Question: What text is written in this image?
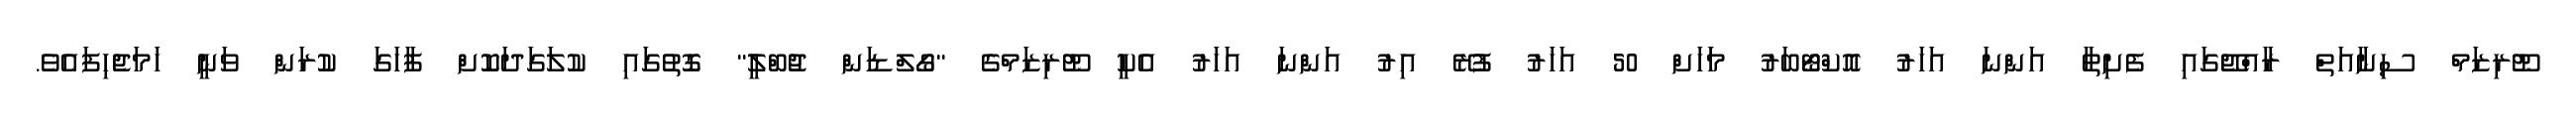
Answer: ޓޫރިޒަމް ސިނާއަތް ރާއްޖޭގައި ފެށިތާ އަންނަ އަހަރު އޮކްޓޯބަރު މަަހަށް 50 އަހަރު ފުރޭ އިރު އަންނަ އަހަރު އެކީ ޓޫރިޒަމްގެ "ގޯލްޑަން ޖުބްލީ" ގޮތުގައި ކުލަގަދަކޮށް ފާހަގަ ކުރަން ވަނީ ހަމަޖެހިފައެވެ.